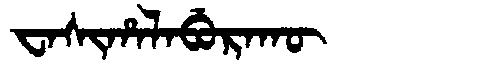
Manchu: ᠸᠠᠰᡳᡥᠠᠯᠠᠪᡠᡵᠠᡴᡡ
Romanization: WASIHALABURAKŪ